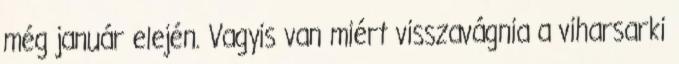
még január elején. Vagyis van miért visszavágnia a viharsarki